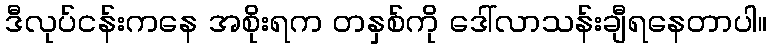
ဒီလုပ်ငန်းကနေ အစိုးရက တနှစ်ကို ဒေါ်လာသန်းချီရနေတာပါ။